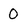
Character: 0